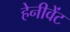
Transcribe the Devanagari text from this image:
हेनीवेंट